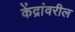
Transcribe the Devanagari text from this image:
केंद्रांवरील